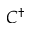
C ^ { \dagger }